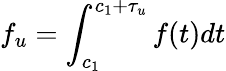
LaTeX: f_{u}=\int_{c_{1}}^{c_{1}+\tau_{u}}f(t)dt